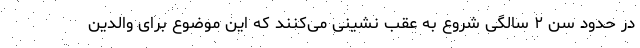
در حدود سن ۲ سالگی شروع به عقب نشینی می‌کنند که این موضوع برای والدین